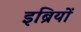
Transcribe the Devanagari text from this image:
इब्रियों